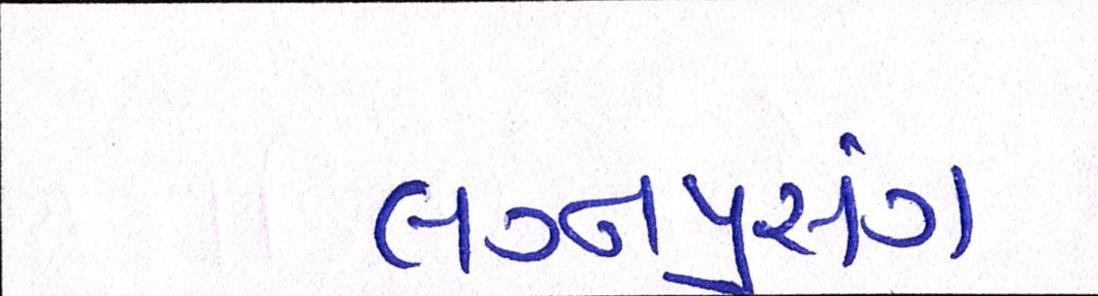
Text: લગ્નપ્રસંગ